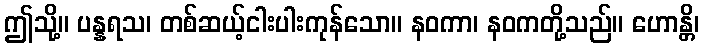
ဤသို့။ ပန္နရသ၊ တစ်ဆယ့်ငါးပါးကုန်သော။ နဝကာ၊ နဝကတို့သည်။ ဟောန္တိ၊